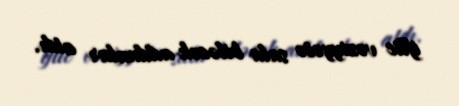
iflic vəziyyətə sala biləcək addımlar atdı.